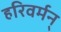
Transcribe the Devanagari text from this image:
हरिवर्मन्‌